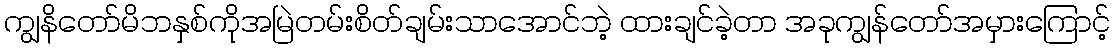
ကျွနိတော်မိဘနှစ်ကိုအမြဲတမ်းစိတ်ချမ်းသာအောင်ဘဲ့ ထားချင်ခဲ့တာ အခုကျွန်တော်အမှားကြောင့်